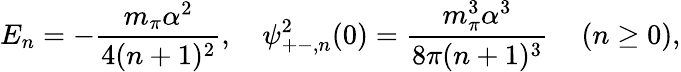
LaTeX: E_{n}=-\frac{m_{\pi}\alpha^{2}}{4(n+1)^{2}},\ \ \ \ \psi_{+-,n}^{2}(0)=\frac{m_{\pi}^{3}\alpha^{3}}{8\pi(n+1)^{3}}\ \ \ \, \ (n\geq 0),